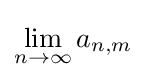
\lim _{n\to \infty }a_{n,m}